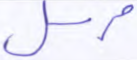
مرسل